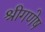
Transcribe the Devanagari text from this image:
श्रीगणेष